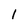
Character: 1